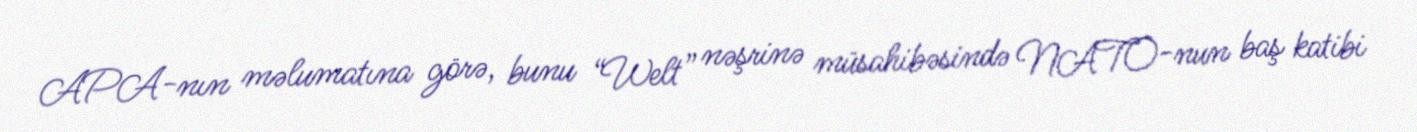
APA-nın məlumatına görə, bunu “Welt” nəşrinə müsahibəsində NATO-nun baş katibi